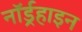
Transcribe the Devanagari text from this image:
नॉर्डर्‍हाइन